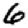
Digit: 6